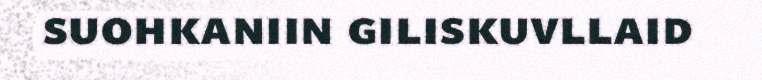
suohkaniin giliskuvllaid